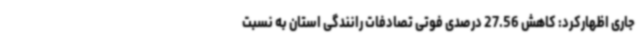
جاری اظهارکرد: کاهش 27.56 درصدی فوتی تصادفات رانندگی استان به نسبت